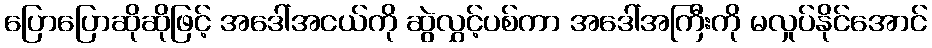
ပြောပြောဆိုဆိုဖြင့် အဒေါ်အငယ်ကို ဆွဲလွှင့်ပစ်ကာ အဒေါ်အကြီးကို မလှုပ်နိုင်အောင်